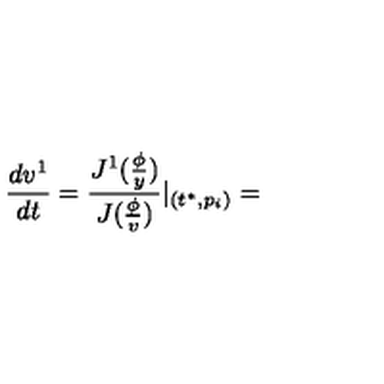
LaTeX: \frac { d v ^ { 1 } } { d t } = \frac { J ^ { 1 } ( \frac \phi y ) } { J ( \frac \phi v ) } | _ { ( t ^ { * } , p _ { i } ) } =